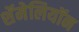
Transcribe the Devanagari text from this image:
शॅमेलियॉन